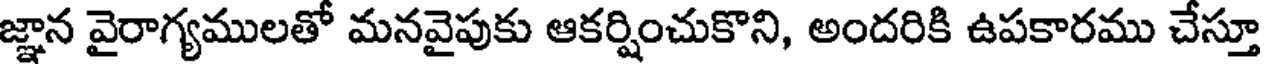
జ్ఞాన వైరాగ్యములతో మనవైపుకు ఆకర్షించుకొని, అందరికి ఉపకారము చేస్తూ